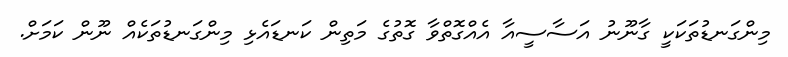
މިންގަނޑުތަކަކީ ގާނޫނު އަސާސީއާ އެއްގޮތްވާ ގޮތުގެ މަތިން ކަނޑައެޅި މިންގަނޑުތަކެއް ނޫން ކަމަށް.